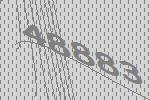
48883